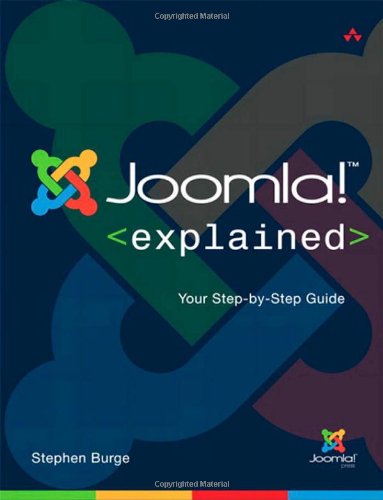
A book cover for Joomla! Explained: Your Step-by-Step Guide (Joomla! Press); Stephen Burge; Computers & Technology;